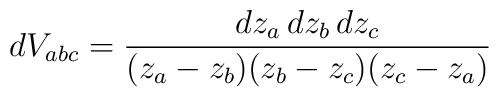
dV_{abc}= \frac{dz_a\,dz_b\,dz_c}{(z_a-z_b)(z_b-z_c)(z_c-z_a)}